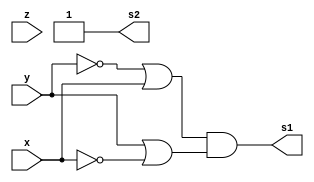
// Guia04 - 2C - Vitor Dias de Britto Milito - 806482

module fxyz (output s1, output s2, input x, y, z);
assign s1 = ( ~y | x ) & ( y | ~x );
assign s2 = (~y | y)& (~x | x);
endmodule // fxyz

module Guia04;
	reg x, y, z;
	wire s1, s2, s3;

	fxyz FXY1 (s1, s2, x, y,z);


	initial begin: start
		x=1'bx; y=1'bx; z=1'bx; // indefinidos
	end

	initial begin: main
		// identificacao
		$display("Exemplo - Guilherme Gomes de Brites - 808721");
        $display("Expressao: ( y + x' )' . ( y + x' )");
        $display(" x  y  z | ( y + x' )' . ( y + x' )");
		
		// sinalizacao
		#1 x=0; y=0;z=0;
		$monitor("%2b %2b %2b = %2b  %2b", x, y, z, s1, s2);
		#1 x=0; y=0;z=1;
		#1 x=0; y=1;z=0;
		#1 x=0; y=1;z=1;
		#1 x=1; y=0;z=0;
		#1 x=1; y=0;z=1;
		#1 x=1; y=1;z=0;
		#1 x=1; y=1;z=1;
	end
endmodule